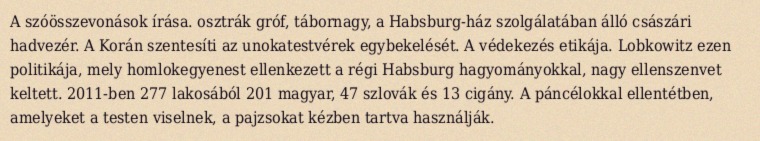
A szóösszevonások írása. osztrák gróf, tábornagy, a Habsburg-ház szolgálatában álló császári hadvezér. A Korán szentesíti az unokatestvérek egybekelését. A védekezés etikája. Lobkowitz ezen politikája, mely homlokegyenest ellenkezett a régi Habsburg hagyományokkal, nagy ellenszenvet keltett. 2011-ben 277 lakosából 201 magyar, 47 szlovák és 13 cigány. A páncélokkal ellentétben, amelyeket a testen viselnek, a pajzsokat kézben tartva használják.